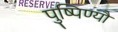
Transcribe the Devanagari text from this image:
पुष्पिण्यौ